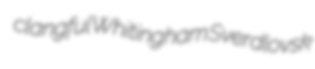
clangful Whitingham Sverdlovsk